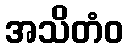
အသိတံဝ